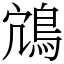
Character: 鴧